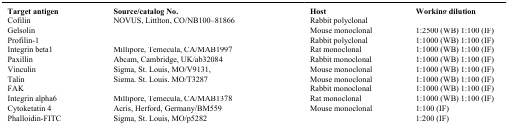
<table><thead><tr><td><b>Target antigen</b></td><td><b>Source/catalog No.</b></td><td><b>Host</b></td><td><b>Working dilution</b></td></tr></thead><tbody><tr><td>Cofilin</td><td>NOVUS, Littlton, CO/NB100–81866</td><td>Rabbit polyclonal</td><td>[EMPTY_CELL]</td></tr><tr><td>Gelsolin</td><td>[EMPTY_CELL]</td><td>Mouse monoclonal</td><td>1:2500 (WB) 1:100 (IF)</td></tr><tr><td>Profilin-1</td><td>[EMPTY_CELL]</td><td>Rabbitpolyclonal</td><td>1:1000 (WB) 1:100 (IF)</td></tr><tr><td>Integrin beta1</td><td>Millipore, Temecula, CA/MAB1997</td><td>Rat monoclonal</td><td>1:1000 (WB) 1:100 (IF)</td></tr><tr><td>Paxillin</td><td>Abcam, Cambridge, UK/ab32084</td><td>Rabbit monoclonal</td><td>1:1000 (WB) 1:100 (IF)</td></tr><tr><td>Vinculin</td><td>Sigma, St. Louis, MO/V9131,</td><td>Mouse monoclonal</td><td>1:1000 (WB) 1:100 (IF)</td></tr><tr><td>Talin</td><td>Sigma, St. Louis, MO/T3287</td><td>Mouse monoclonal</td><td>1:1000 (WB) 1:100 (IF)</td></tr><tr><td>FAK</td><td>[EMPTY_CELL]</td><td>Rabbit monoclonal</td><td>1:1000 (WB) 1:100 (IF)</td></tr><tr><td>Integrin alpha6</td><td>Millipore, Temecula, CA/MAB1378</td><td>Rat monoclonal</td><td>1:1000 (WB) 1:100 (IF)</td></tr><tr><td>Cytoketatin 4</td><td>Acris, Herford, Germany/BM559</td><td>Mouse monoclonal</td><td>1:100 (IF)</td></tr><tr><td>Phalloidin-FITC</td><td>Sigma, St. Louis, MO/p5282</td><td>[EMPTY_CELL]</td><td>1:200 (IF)</td></tr></tbody></table>